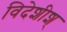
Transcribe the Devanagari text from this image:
विदेशीश्